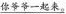
\underline{你爷爷一起来。}